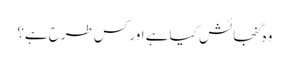
وہ گنجائش کیا ہے اور کس طرح ہے؟